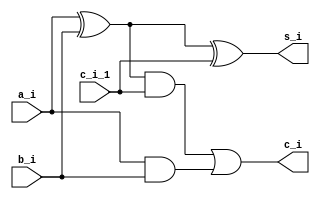
`timescale 1ns / 1ps

module bit_1_full_adder(
    
    // 1 bit inputs
    input a_i,
    input b_i,
    input c_i_1,
    // 1 bit outputs
    output s_i,
    output c_i
    );

    wire mid = a_i^b_i;

    // The Sum Output
    assign s_i = mid^c_i_1;

    // The Carry Output
    assign c_i = ( mid & c_i_1 )|(a_i & b_i);

endmodule

module bit_4_ripple_carry(
    // 4 bit inputs to be added
    // [3:0] implies the MSB is on left hand side
    // [0:3] implies the MSB is on the right hand side
    input [3:0] a,
    input [3:0] b,
    // 1 bit input carry
    input c_0,
    // 4 bit output (result of addition)
    output [3:0] s,
    // 1 bit output carry
    output c_4
    );

    // Intermediary Outputs
    wire c_1,c_2,c_3;

    // 1 bit Full adder for the value at index 0
    bit_1_full_adder ux1(a[0],b[0],c_0,s[0],c_1);
    
    // 1 bit Full adder for the value at index 1
    bit_1_full_adder ux2(a[1],b[1],c_1,s[1],c_2);
    
    // 1 bit Full adder for the value at index 2
    bit_1_full_adder ux3(a[2],b[2],c_2,s[2],c_3);
    
    // 1 bit Full adder for the value at index 3
    bit_1_full_adder ux4(a[3],b[3],c_3,s[3],c_4);

endmodule